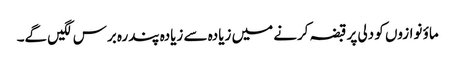
ماؤ نوازوں کو دلی پر قبضہ کرنے میں زیادہ سے زیادہ پندرہ برس لگیں گے۔